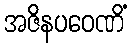
အဇိနပဝေဏိံ